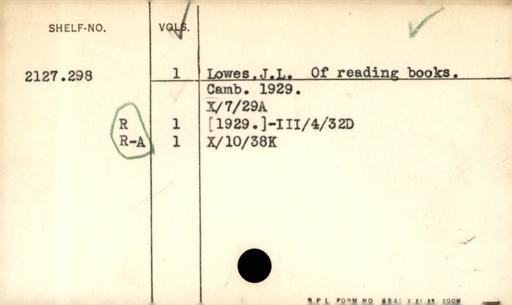
Label: divider